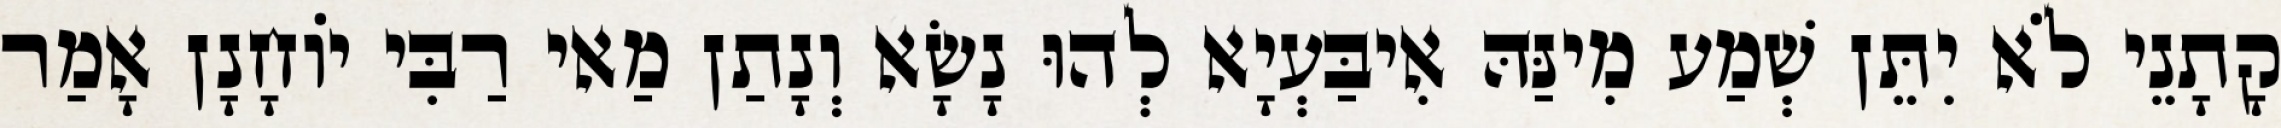
קָתָנֵי לֹא יִתֵּן שְׁמַע מִינַּהּ אִיבַּעְיָא לְהוּ נָשָׂא וְנָתַן מַאי רַבִּי יוֹחָנָן אָמַר